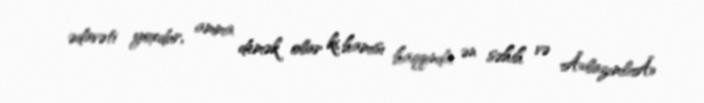
ədavəti yoxdur, amma demək olar ki, hamısı haqqında ən səhih və Â«lazımlıÂ»